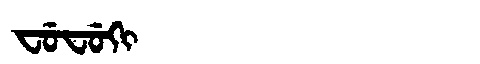
Manchu: ᠸᡠᠸᡠᡴᡳ
Romanization: FUFUKI